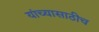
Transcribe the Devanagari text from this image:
यांच्यासाठीच